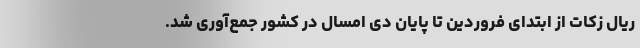
ریال زکات از ابتدای فروردین تا پایان دی امسال در کشور جمع‌آوری شد.